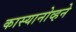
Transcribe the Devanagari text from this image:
कास्यानोव्हने